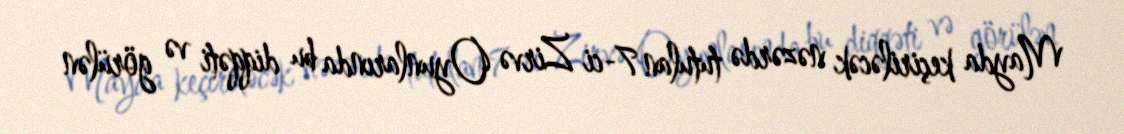
Mayda keçiriləcək nəzərdə tutulan 7-ci Zirvə Oyunlarında bu diqqəti və görülən